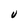
Character: U